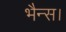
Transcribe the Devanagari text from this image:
भैन्स।